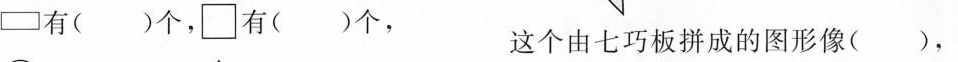
\Box 有( )个，\Box 有( )个，这个由七巧板拼成的图形像( )，